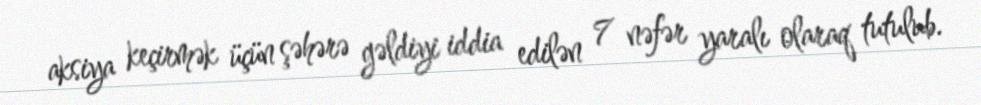
aksiya keçirmək üçün şəhərə gəldiyi iddia edilən 7 nəfər yaralı olaraq tutulub.